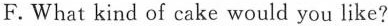
F.What kind of cake would you like?